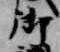
御